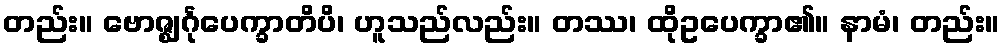
တည်း။ ဗောဇ္ဈင်္ဂုပေက္ခာတိပိ၊ ဟူသည်လည်း။ တဿ၊ ထိုဥပေက္ခာ၏။ နာမံ၊ တည်း။